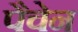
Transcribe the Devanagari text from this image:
पैचेन